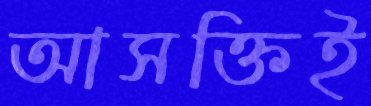
আসক্তিই